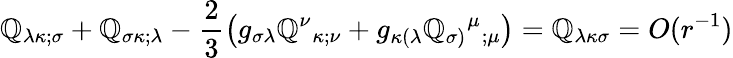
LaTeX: \mathbb{Q}_{\lambda\kappa;\sigma}+\mathbb{Q}_{\sigma\kappa;\lambda}-\frac{{2}}{{3}}\left(g_{\sigma\lambda}\mathbb{Q}^{\nu}{_{\kappa;\nu}}+g_{\kappa(\lambda}\mathbb{Q}_{\sigma)}{^{\mu}}{_{;\mu}}\right)={\cal\mathbb{Q}}_{\lambda\kappa\sigma}=O(r^{-1})